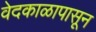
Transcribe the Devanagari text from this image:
वेदकाळापासून